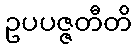
ဥပပဇ္ဇတီတိ